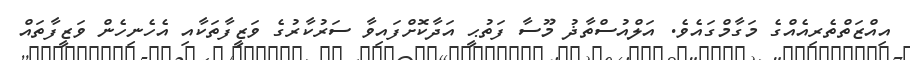
އިއްޒަތްތެރިއެއްގެ މަގާމްގައެވެ. އަލްއުސްތާޛު މޫސާ ފަތުޙީ އަދާކޮށްފައިވާ ސަރުކާރުގެ ވަޒީފާތަކާއި އެހެނިހެން ވަޒީފާތައް